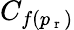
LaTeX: C_{f(p_{\mathrm{~r~}})}